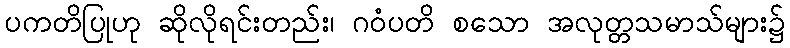
ပကတိပြုဟု ဆိုလိုရင်းတည်း၊ ဂဝံပတိ စသော အလုတ္တသမာသ်များ၌